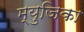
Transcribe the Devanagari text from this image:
म्युजिका